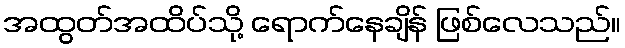
အထွတ်အထိပ်သို့ ရောက်နေချိန် ဖြစ်လေသည်။